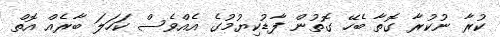
ކުރާ ނުކުރާ ގޮތާ ބެހޭ ގޮތުން ފާޑުކިޔުމުގެ އެއްވެސް ކަހަލަ ބާރެއް އޮތް